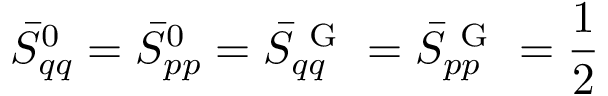
\bar { S } _ { q q } ^ { 0 } = \bar { S } _ { p p } ^ { 0 } = \bar { S } _ { q q } ^ { \mathrm { ~ G ~ } } = \bar { S } _ { p p } ^ { \mathrm { ~ G ~ } } = \frac { 1 } { 2 }